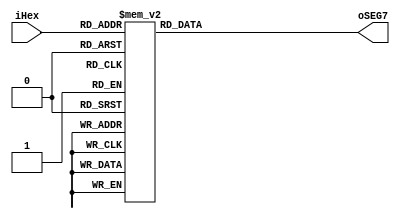
// seg_dec.v
module seg_dec(iHex, oSEG7);
	input [3:0] iHex;
	output reg [6:0] oSEG7;
	
	always @ (iHex)
	begin
		case(iHex)
		4'h0: oSEG7 = 7'b1000000;	// 0
		4'h1: oSEG7 = 7'b1111001;	// 1
		4'h2: oSEG7 = 7'b0100100;	// 2
		4'h3: oSEG7 = 7'b0110000;	// 3
		4'h4: oSEG7 = 7'b0011001;	// 4
		4'h5: oSEG7 = 7'b0010010;	// 5
		4'h6: oSEG7 = 7'b0000010;	// 6
		4'h7: oSEG7 = 7'b1111000;	// 7
		4'h8: oSEG7 = 7'b0000000;	// 8
		4'h9: oSEG7 = 7'b0011000;	// 9
		4'ha: oSEG7 = 7'b0001000;	// A
		4'hb: oSEG7 = 7'b0000011;	// B
		4'hc: oSEG7 = 7'b1000110;	// C
		4'hd: oSEG7 = 7'b0100001;	// D
		4'he: oSEG7 = 7'b0000110;	// E
		4'hf: oSEG7 = 7'b0001110;	// F
		default: oSEG7 = 7'b1111111;
		endcase
	end
endmodule